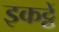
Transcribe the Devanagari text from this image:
इकट्ठें